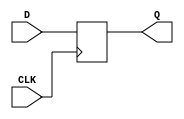
module DFFPOSX1(CLK, D, Q);
input CLK, D;
output reg Q;
always @(posedge CLK)
	Q <= D;
endmodule